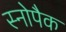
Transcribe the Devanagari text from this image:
स्नोपैक